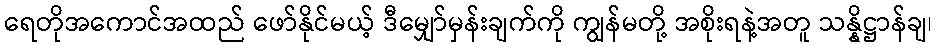
ရေတိုအကောင်အထည် ဖော်နိုင်မယ့် ဒီမျှော်မှန်းချက်ကို ကျွန်မတို့ အစိုးရနဲ့အတူ သန္နိဋ္ဌာန်ချ၊